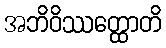
အဘိဝိဿတ္ထောတိ